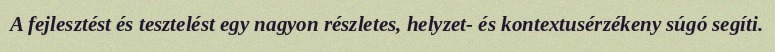
A fejlesztést és tesztelést egy nagyon részletes, helyzet- és kontextusérzékeny súgó segíti.